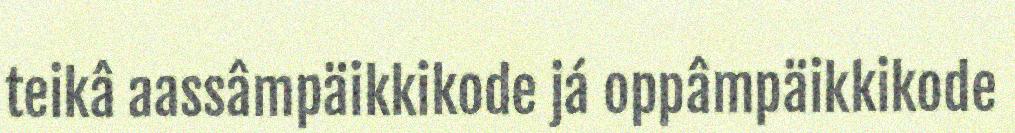
teikâ aassâmpäikkikode já oppâmpäikkikode